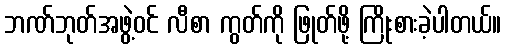
ဘဏ်ဘုတ်အဖွဲ့ဝင် လီစာ ကွတ်ကို ဖြုတ်ဖို့ ကြိုးစားခဲ့ပါတယ်။